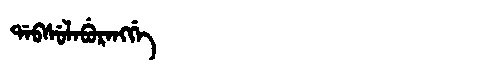
Manchu: ᡩᠠᠪᠰᡠᠯᠠᠪᡠᡵᠠᠩᡤᡝ
Romanization: DABSULABURANGGE